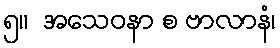
၅။  အသေဝနာ စ ဗာလာနံ၊